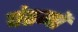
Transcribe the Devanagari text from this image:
पंतगों